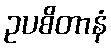
ဥပစိတာနံ